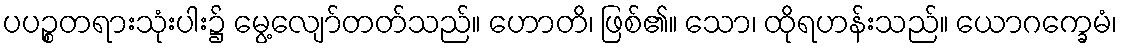
ပပဉ္စတရားသုံးပါး၌ မွေ့လျော်တတ်သည်။ ဟောတိ၊ ဖြစ်၏။ သော၊ ထိုရဟန်းသည်။ ယောဂက္ခေမံ၊